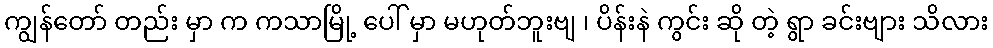
ကျွန်တော် တည်း မှာ က ကသာမြို့ ပေါ် မှာ မဟုတ်ဘူးဗျ ၊ ပိန်းနဲ ကွင်း ဆို တဲ့ ရွာ ခင်းဗျား သိလား